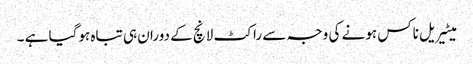
میٹیریل ناکس ہونے کی وجہ سے راکٹ لانچ کے دوران ہی تباہ ہوگیا ہے ۔